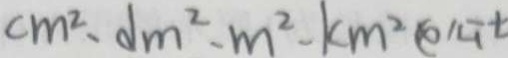
c m ^ { 2 } \cdot d m ^ { 2 } \cdot m ^ { 2 } - k m ^ { 2 }